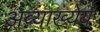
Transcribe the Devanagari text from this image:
अव्याख्येय